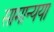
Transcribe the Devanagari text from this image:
सामान्यया